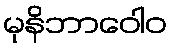
မုနိဘာဝေါဝ